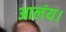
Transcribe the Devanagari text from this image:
आलंय।